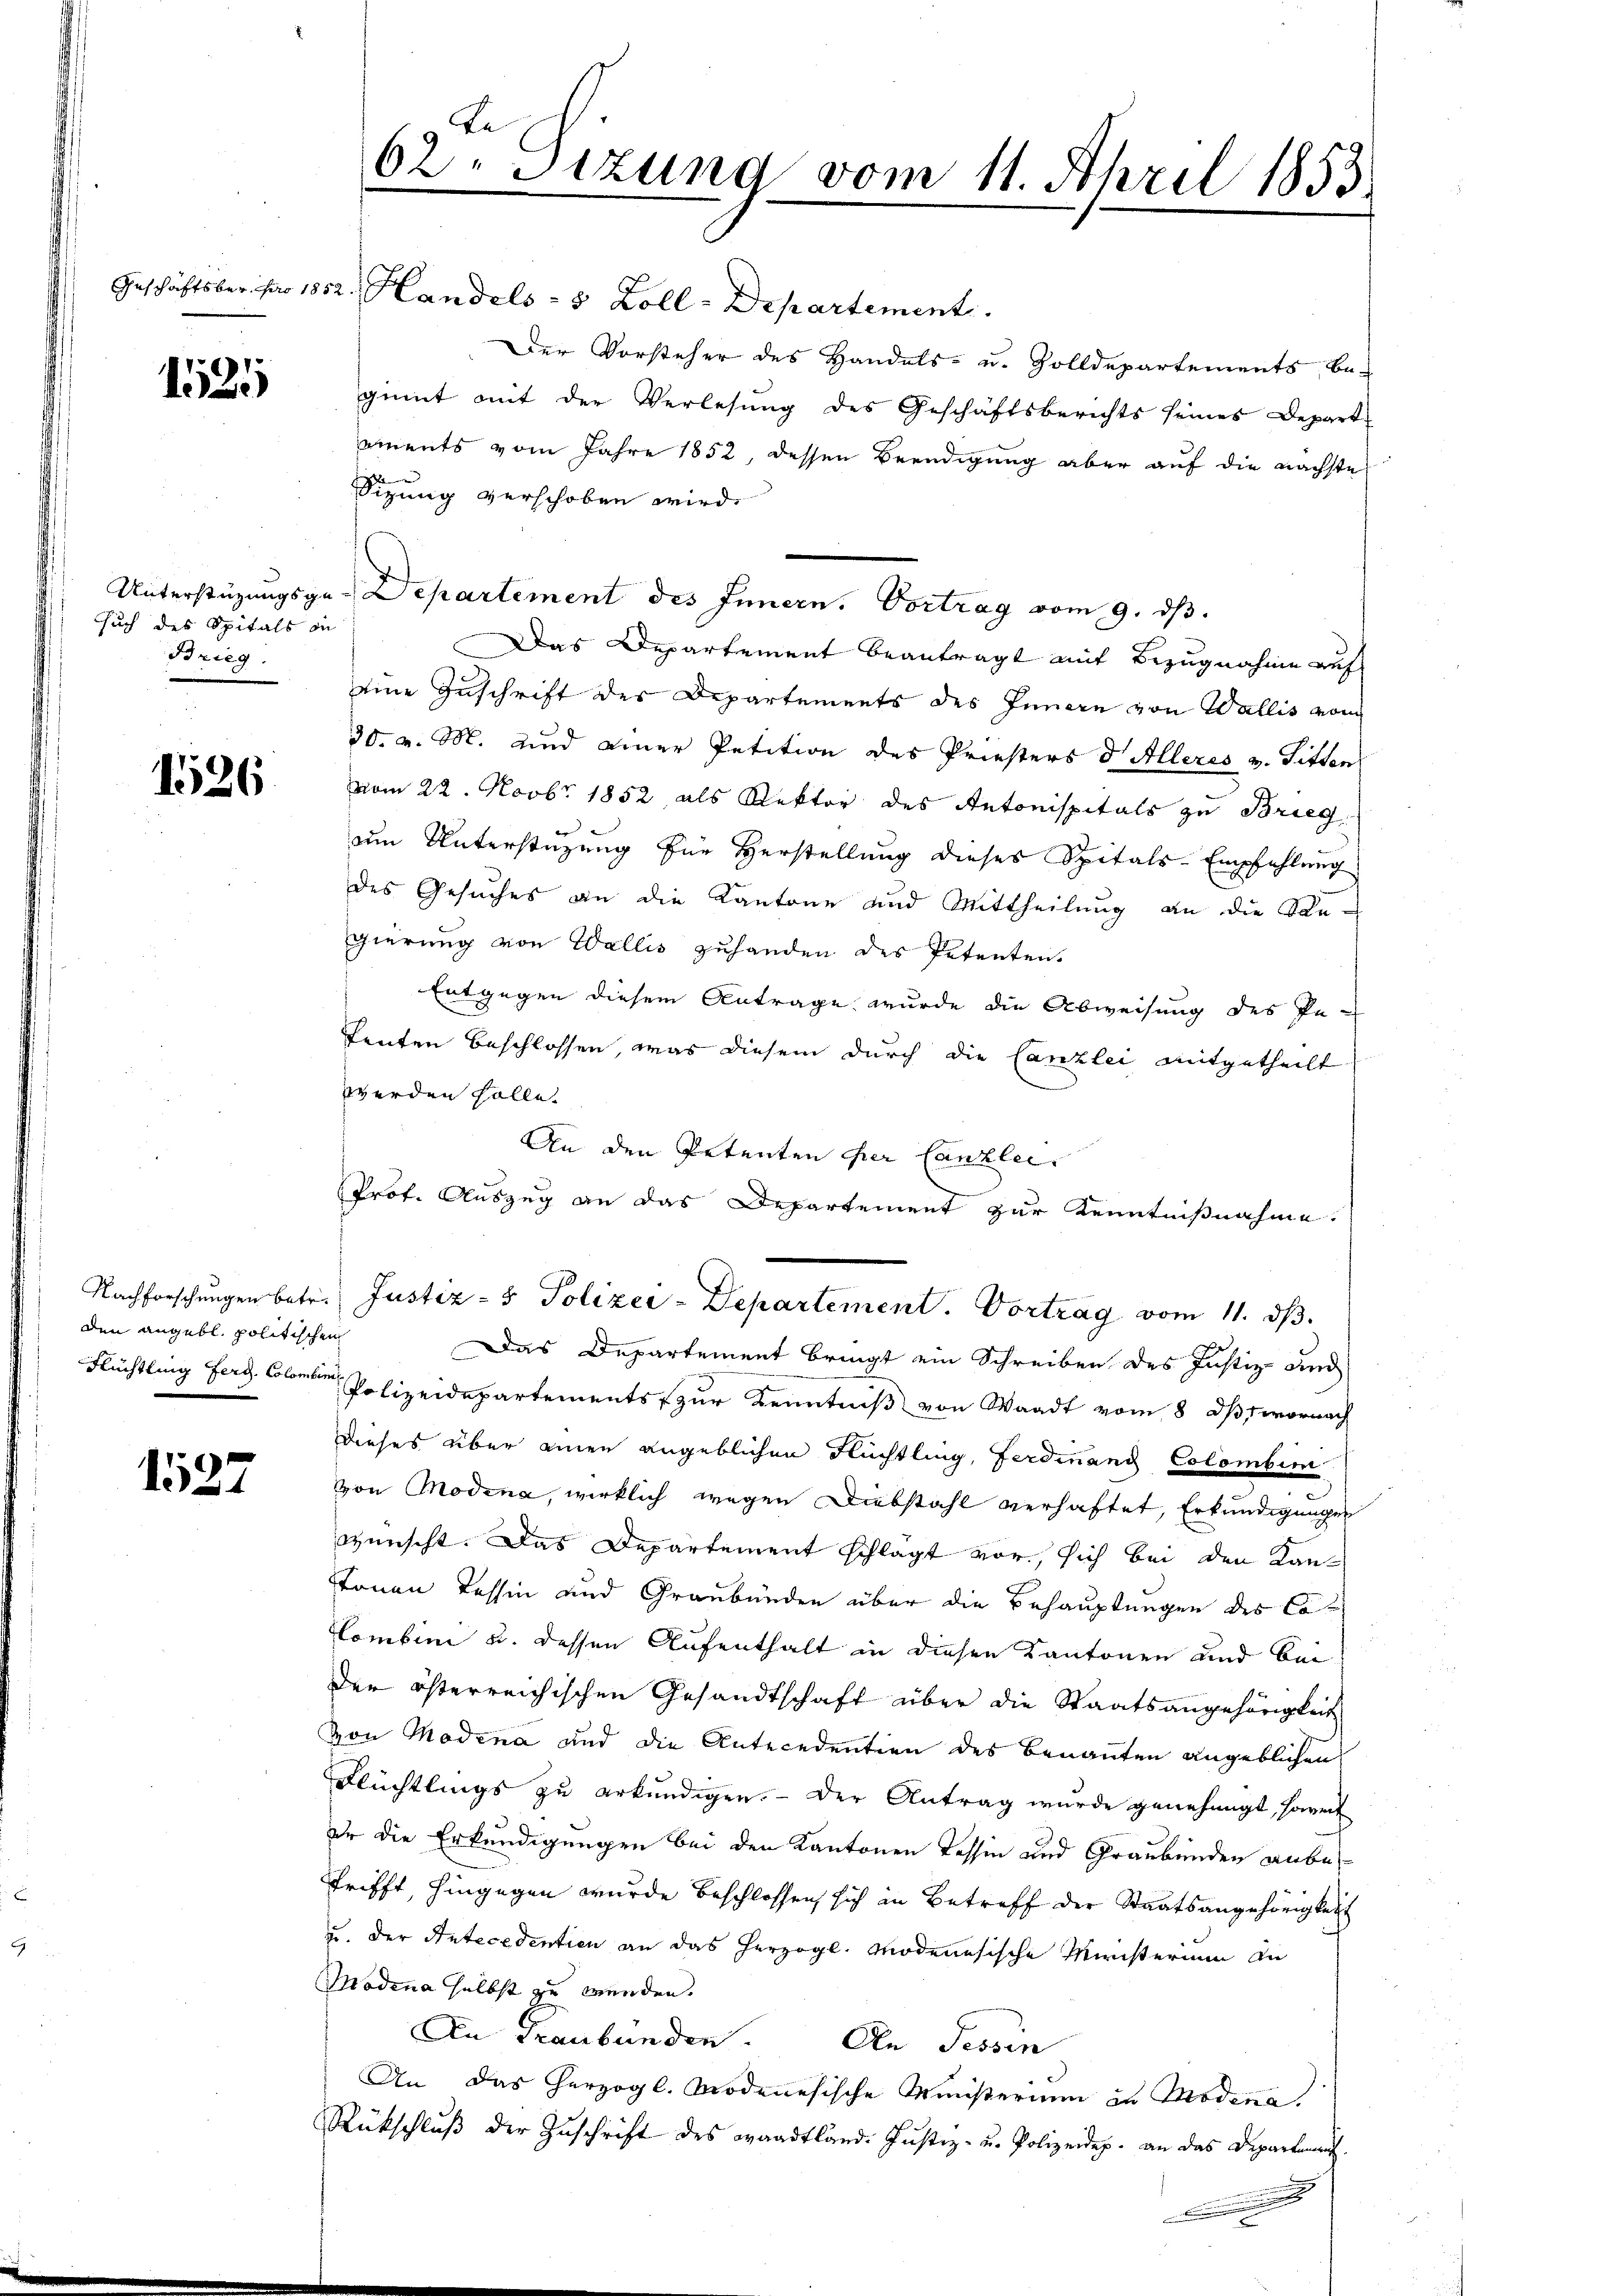
1525

such des Spitals in
Brieg.

1526

den angebl. politischen

1527

62 sizung vom 11. April 1853

Geschäftsber. pro 1852. Handels- 5 Zoll-Departement
Der Vorsteher des Handels- u. Zolldepartements, be-
ginnt mit der Verlesung des Geschäftsberichts seines Depart
ements vom Jahre 1852, dessen Beendigung aber auf die nächste
Sizung verschoben wird.
Das Departement beantragt mit Bezugnahme auf
eine Zuschrift der Departements des Innern von Wallis vom
30. v. M. und einer Petition des Priesters d. Alleres v. Titten
vom 22. Novbr 1852, als Rektor des Antonispitals zu Brieg
um Unterstüzung für Herstellung dieses Spitals-Empfehlung
des Gesuches an die Kantone und Mittheilung an die Kangierung von Wallis zuhanden des Petenten,
Entgegen diesem Antrage wurde die Abweisung des Pe¬
Tenten beschlossen, was diesem durch die Canzlei mitgetheilt
werden solle.
An den Petenten der Canzlei.
Prot. Auszug an das Departement zur Kenntnißnahme.
Nachforschŭngen betr. Justiz- & Polizer-Departement. Vortrag vom 11. dβ.
Das Departement bringt ein Schreiben des Justiz- und
Flüchtling Herz. Colomber Polizeidepartements zur Kenntniß von Waadt vom 8. ds 7 wornach
Dieses über einen angeblichen Nüchtling, Ferdinanz Colombini
von Modena, wirklich wegen Diebstahl verhaftet, Erkundigungen
wünscht. Das Departement schlägt vor, sich bei den Kan¬
Stönen Tessin und Graubünden über die Behauptungen des Co
Kombini u. dessen Aufenthalt in diesen Kantonen und bei
der österreichischen Gesandtschaft über die Staatsangehörigkeit
von Modena und die Antecedention des Benannten angeblichen
Flüchtlings zu erkundigen. - Der Antrag wurde genehmigt, soweit
er die Erkundigungen bei den Kantonen Tessin und Graubünden anbetrifft, hingegen wurde beschlossen sich in Betreff der Staatsangehörigkeit
u. der Antecedention an das herzogl. Modenesische Ministerium an
Modena selbst zu wunden.
In Graubünden. Die Tessin
An das herzogl. Modenesische Ministerium in Modena,
Rückschlŭβ der Zŭschrift des Waadtland. Justiz- u. Polizeidep. an das Departement

Unterstüzungsge-Departement des Innern, Vortrag vom 9. ds.